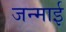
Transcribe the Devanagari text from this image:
जन्माई